Civil Veterinary Department. Central Provinces & Berar 1932-41 - 1932-1941
Year: 1932
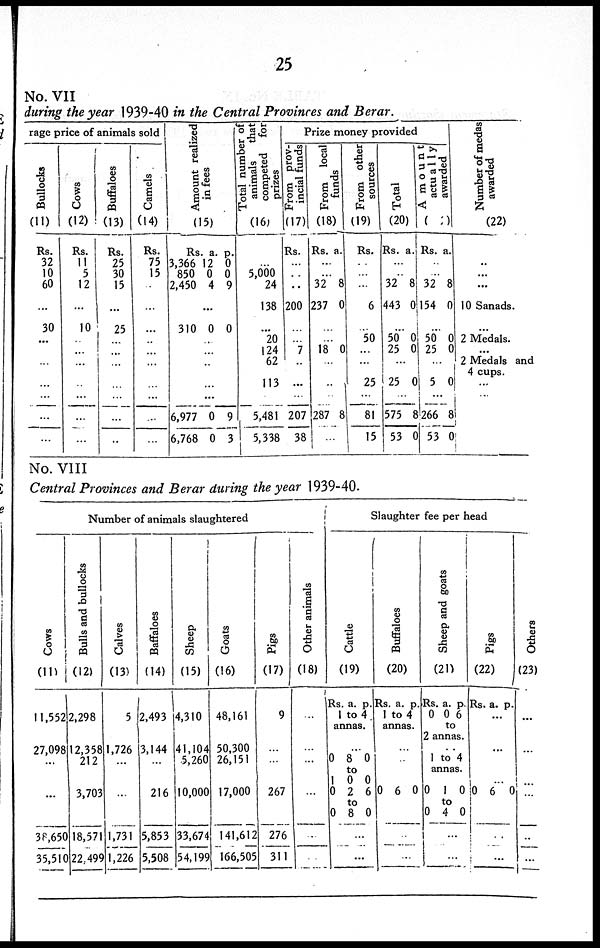
25
No. VII
during the year 1939-40 in the Central Provinces and Berar.
rage price of animals sold
Bullocks
(11)
Rs.
32
10
60
...
30
...
...
...
...
...
...
...
Cows
(12)
Rs.
11
5
12
10
...
...
...
...
...
...
...
Buffaloes
(13)
Rs.
25
30
15
...
25
...
...
...
...
...
...
...
Camels
(14)
Rs.
75
15
...
...
...
...
...
...
...
...
...
Amo u n t realized
in fees
(15)
Rs.
3,366
850
2,450
a.
12
0
4
p.
0
0
9
...
310 0 0
...
...
...
...
...
6,977
6,768
0
0
9
3
Total number of
animals
that
competed
for
prizes
(16)
...
5,000
24
138
...
20
124
62
113
...
5,481
5,338
Prize money provided
From prov-
incial funds
(17)
Rs.
...
...
..
200
...
...
7
...
...
...
207
38
Fr om local
funds
(18)
Rs. a.
...
...
32
237
8
0
...
...
18 0
...
...
...
287 8
...
From other
sources
(19)
Rs.
...
...
...
6
...
50
...
...
25
...
81
15
Total
(20)
Rs. a.
...
..
32
443
8
0
...
50
25
0
0
...
25 0
...
575
53
8
0
Amount
actually
awarded
(21)
Rs. a.
...
...
32
154
8
0
...
50
25
0
0
...
5 0
...
266
53
8
0
Number of medas
awarded
(22)
...
...
...
10 Sanads.
...
2 Medals.
...
2 Medals and
4 cups.
...
...
No. VIII
Central Provinces and Berar during the year 1939-40.
Number of animals slaughtered
Cows
(11)
11,552
27,098
...
...
38,650
35,510
Bulls and bullocks
(12)
2,298
12,358
212
3,703
18,571
22,499
Calves
(13)
5
1,726
...
...
1,731
1,226
Baffaloes
(14)
2,493
3,144
...
216
5,853
5,508
Sheep
(15)
4,310
41,104
5,260
10,000
33,674
54,199
Goats
(16)
48,161
50,300
26,151
17,000
141,612
166,505
Pigs
(17)
9
...
...
267
276
311
Other animals
(18)
...
...
...
...
...
...
Slaughter fee per head
Cat t l e
(19)
Rs. a. p.
1 to 4
annas.
...
0 8 0
to
1
0
0
2
0
6
to
0 8 0
...
...
Buffaloes
(20)
Rs. a. p.
1 to 4
annas.
...
...
0 6 0
..
...
Sheep and goats
(21)
Rs.
0
a.
0
p.
6
to
2 annas.
1 to 4
annas.
0 1 0
to
0 4 0
...
...
Pi gs
(22)
Rs. a. p.
...
...
...
0 6 0
..
...
Others
(23)
...
...
...
...
..
...